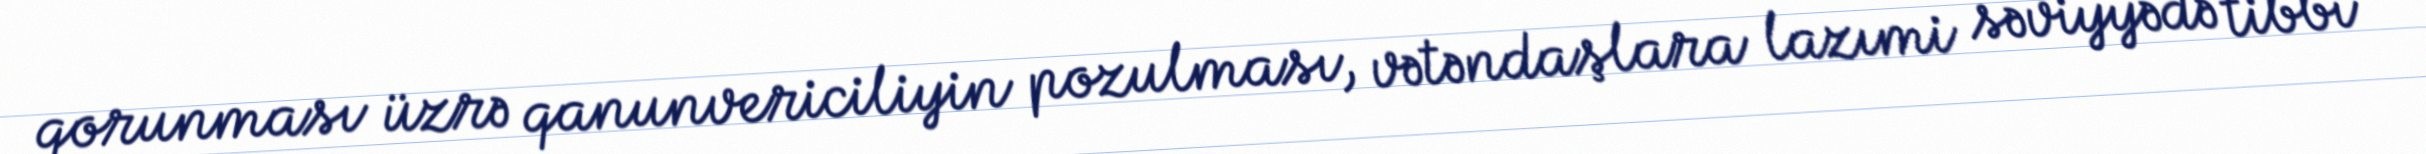
qorunması üzrə qanunvericiliyin pozulması, vətəndaşlara lazımi səviyyədə tibbi